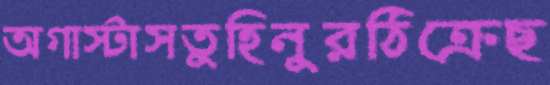
অগাস্টাসতুহিনুরঠিক্‌রেছ